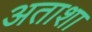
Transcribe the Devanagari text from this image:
अताशा